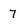
Character: 7